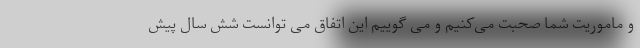
و ماموریت شما صحبت می‌کنیم و می گوییم این اتفاق می توانست شش سال پیش